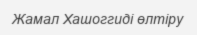
Жамал Хашоггиді өлтіру